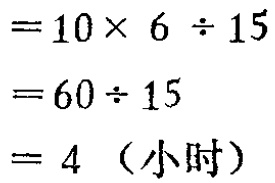
\[

\begin{align*}

&=10\times 6\div 15\\

&=60\div 15\\

&=60\div 15\\

& = 4 \text{（小时）}

\end{align*}

\]